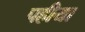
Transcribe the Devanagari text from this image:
पहीया